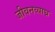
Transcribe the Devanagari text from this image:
जीवनव्याघ्र